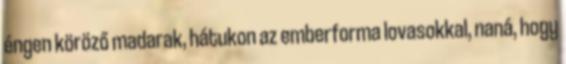
éngen köröző madarak, hátukon az emberforma lovasokkal, naná, hogy